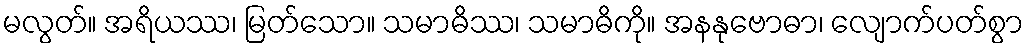
မလွတ်။ အရိယဿ၊ မြတ်သော။ သမာဓိဿ၊ သမာဓိကို။ အနနုဗောဓာ၊ လျောက်ပတ်စွာ